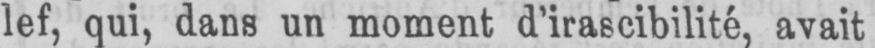
lef, qui, dans un moment d’irascibilité, avait